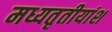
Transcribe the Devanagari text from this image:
मध्यतृतीयांश